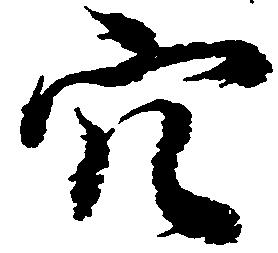
穴